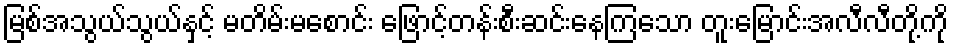
မြစ်အသွယ်သွယ်နှင့် မတိမ်းမစောင်း ဖြောင့်တန်းစီးဆင်းနေကြသော တူးမြောင်းအလီလီတို့ကို